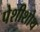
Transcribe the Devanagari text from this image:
पेशीशोथ